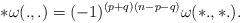
LaTeX: \begin{align*} *\omega(.,.)=(-1)^{(p+q)(n-p-q)}\omega(*.,*.).\end{align*}